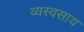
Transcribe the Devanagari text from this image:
व्यस्वसाय